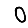
Digit: 0